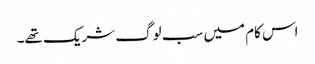
اس کام میں سب لوگ شریک تھے۔